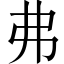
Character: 弗